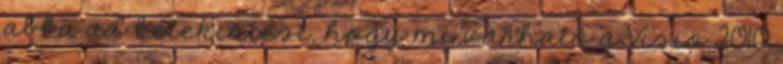
abba ad betekintést, hogy mi várható a Visio 2010